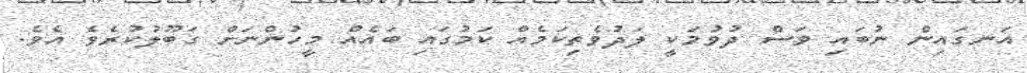
އަނގައިން ނުބައި ވަސް ދުވުމަކީ ލަދުވެތިކަމެއް ކަމުގައި ބައެއް މީހުންނަށް ގަބޫލުކުރެވެ އެވެ.